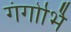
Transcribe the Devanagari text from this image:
गंगोर्भि